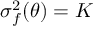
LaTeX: \sigma _ { f } ^ { 2 } ( \theta ) = K